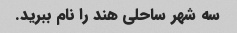
سه شهر ساحلی هند را نام ببرید.